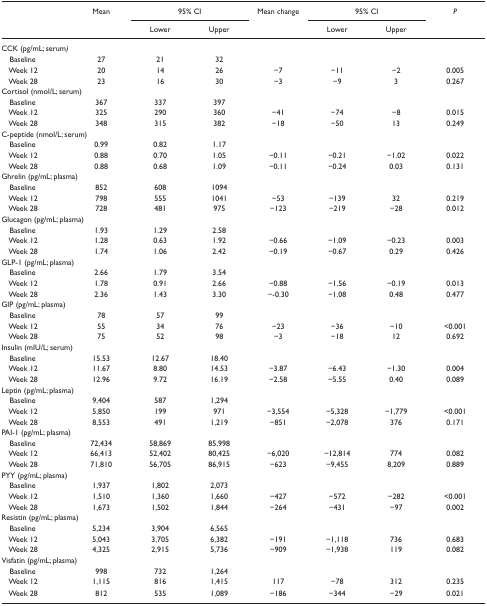
<table><thead><tr><td rowspan="3"></td><td rowspan="3"><b>Mean</b></td><td colspan="2"><b>95% CI</b></td><td rowspan="3"><b>Mean change</b></td><td colspan="2"><b>95% CI</b></td><td rowspan="3"><b><i>P</i></b></td></tr><tr><td><b>Lower</b></td><td><b>Upper</b></td><td><b>Lower</b></td><td><b>Upper</b></td></tr></thead><tbody><tr><td colspan="8">CCK (pg/mL; serum)</td></tr><tr><td> Baseline</td><td>27</td><td>21</td><td>32</td><td></td><td></td></tr><tr><td> Week 12</td><td>20</td><td>14</td><td>26</td><td>−7</td><td>−11</td><td>−2</td><td>0.005</td></tr><tr><td> Week 28</td><td>23</td><td>16</td><td>30</td><td>−3</td><td>−9</td><td>3</td><td>0.267</td></tr><tr><td>Cortisol (nmol/L; serum)</td></tr><tr><td> Baseline</td><td>367</td><td>337</td><td>397</td><td></td><td></td></tr><tr><td> Week 12</td><td>325</td><td>290</td><td>360</td><td>−41</td><td>−74</td><td>−8</td><td>0.015</td></tr><tr><td> Week 28</td><td>348</td><td>315</td><td>382</td><td>−18</td><td>−50</td><td>13</td><td>0.249</td></tr><tr><td>C-peptide (nmol/L; serum)</td></tr><tr><td> Baseline</td><td>0.99</td><td>0.82</td><td>1.17</td><td></td><td></td></tr><tr><td> Week 12</td><td>0.88</td><td>0.70</td><td>1.05</td><td>−0.11</td><td>−0.21</td><td>−1.02</td><td>0.022</td></tr><tr><td> Week 28</td><td>0.88</td><td>0.68</td><td>1.09</td><td>−0.11</td><td>−0.24</td><td>0.03</td><td>0.131</td></tr><tr><td>Ghrelin (pg/mL; plasma)</td></tr><tr><td> Baseline</td><td>852</td><td>608</td><td>1094</td><td></td><td></td></tr><tr><td> Week 12</td><td>798</td><td>555</td><td>1041</td><td>−53</td><td>−139</td><td>32</td><td>0.219</td></tr><tr><td> Week 28</td><td>728</td><td>481</td><td>975</td><td>−123</td><td>−219</td><td>−28</td><td>0.012</td></tr><tr><td>Glucagon (pg/mL; plasma)</td></tr><tr><td> Baseline</td><td>1.93</td><td>1.29</td><td>2.58</td><td></td><td></td></tr><tr><td> Week 12</td><td>1.28</td><td>0.63</td><td>1.92</td><td>−0.66</td><td>−1.09</td><td>−0.23</td><td>0.003</td></tr><tr><td> Week 28</td><td>1.74</td><td>1.06</td><td>2.42</td><td>−0.19</td><td>−0.67</td><td>0.29</td><td>0.426</td></tr><tr><td>GLP-1 (pg/mL; plasma)</td></tr><tr><td> Baseline</td><td>2.66</td><td>1.79</td><td>3.54</td><td></td><td></td></tr><tr><td> Week 12</td><td>1.78</td><td>0.91</td><td>2.66</td><td>−0.88</td><td>−1.56</td><td>−0.19</td><td>0.013</td></tr><tr><td> Week 28</td><td>2.36</td><td>1.43</td><td>3.30</td><td>−-0.30</td><td>−1.08</td><td>0.48</td><td>0.477</td></tr><tr><td>GIP (pg/mL; plasma)</td></tr><tr><td> Baseline</td><td>78</td><td>57</td><td>99</td><td></td><td></td></tr><tr><td> Week 12</td><td>55</td><td>34</td><td>76</td><td>−23</td><td>−36</td><td>−10</td><td>&lt;0.001</td></tr><tr><td> Week 28</td><td>75</td><td>52</td><td>98</td><td>−3</td><td>−18</td><td>12</td><td>0.692</td></tr><tr><td>Insulin (mIU/L; serum)</td></tr><tr><td> Baseline</td><td>15.53</td><td>12.67</td><td>18.40</td><td></td><td></td></tr><tr><td> Week 12</td><td>11.67</td><td>8.80</td><td>14.53</td><td>−3.87</td><td>−6.43</td><td>−1.30</td><td>0.004</td></tr><tr><td> Week 28</td><td>12.96</td><td>9.72</td><td>16.19</td><td>−2.58</td><td>−5.55</td><td>0.40</td><td>0.089</td></tr><tr><td>Leptin (pg/mL; plasma)</td></tr><tr><td> Baseline</td><td>9,404</td><td>587</td><td>1,294</td><td></td><td></td></tr><tr><td> Week 12</td><td>5,850</td><td>199</td><td>971</td><td>−3,554</td><td>−5,328</td><td>−1,779</td><td>&lt;0.001</td></tr><tr><td> Week 28</td><td>8,553</td><td>491</td><td>1,219</td><td>−851</td><td>−2,078</td><td>376</td><td>0.171</td></tr><tr><td>PAI-1 (pg/mL; plasma)</td></tr><tr><td> Baseline</td><td>72,434</td><td>58,869</td><td>85,998</td><td></td><td></td></tr><tr><td> Week 12</td><td>66,413</td><td>52,402</td><td>80,425</td><td>−6,020</td><td>−12,814</td><td>774</td><td>0.082</td></tr><tr><td> Week 28</td><td>71,810</td><td>56,705</td><td>86,915</td><td>−623</td><td>−9,455</td><td>8,209</td><td>0.889</td></tr><tr><td>PYY (pg/mL; plasma)</td></tr><tr><td> Baseline</td><td>1,937</td><td>1,802</td><td>2,073</td><td></td><td></td></tr><tr><td> Week 12</td><td>1,510</td><td>1,360</td><td>1,660</td><td>−427</td><td>−572</td><td>−282</td><td>&lt;0.001</td></tr><tr><td> Week 28</td><td>1,673</td><td>1,502</td><td>1,844</td><td>−264</td><td>−431</td><td>−97</td><td>0.002</td></tr><tr><td>Resistin (pg/mL; plasma)</td></tr><tr><td> Baseline</td><td>5,234</td><td>3,904</td><td>6,565</td><td></td><td></td></tr><tr><td> Week 12</td><td>5,043</td><td>3,705</td><td>6,382</td><td>−191</td><td>−1,118</td><td>736</td><td>0.683</td></tr><tr><td> Week 28</td><td>4,325</td><td>2,915</td><td>5,736</td><td>−909</td><td>−1,938</td><td>119</td><td>0.082</td></tr><tr><td>Visfatin (pg/mL; plasma)</td></tr><tr><td> Baseline</td><td>998</td><td>732</td><td>1,264</td><td></td><td></td></tr><tr><td> Week 12</td><td>1,115</td><td>816</td><td>1,415</td><td>117</td><td>−78</td><td>312</td><td>0.235</td></tr><tr><td> Week 28</td><td>812</td><td>535</td><td>1,089</td><td>−186</td><td>−344</td><td>−29</td><td>0.021</td></tr></tbody></table>